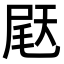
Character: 𫯨